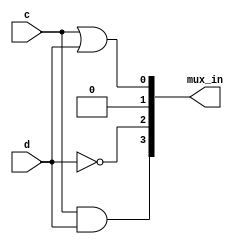
module top_module (
    input c,
    input d,
    output [3:0] mux_in
); 
    
    assign mux_in[0] = c | d;
    assign mux_in[1] = 1'b0;
    assign mux_in[2] = ~d; 
    assign mux_in[3] = c & d;

endmodule